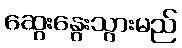
ဆွေးနွေးသွားမည်